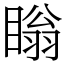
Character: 瞈